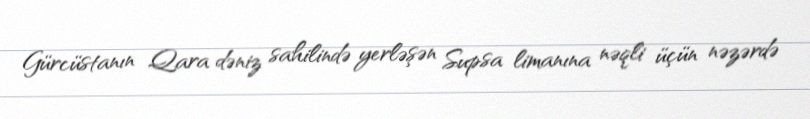
Gürcüstanın Qara dəniz sahilində yerləşən Supsa limanına nəqli üçün nəzərdə